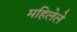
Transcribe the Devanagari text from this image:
महिलेले